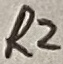
Text: R2